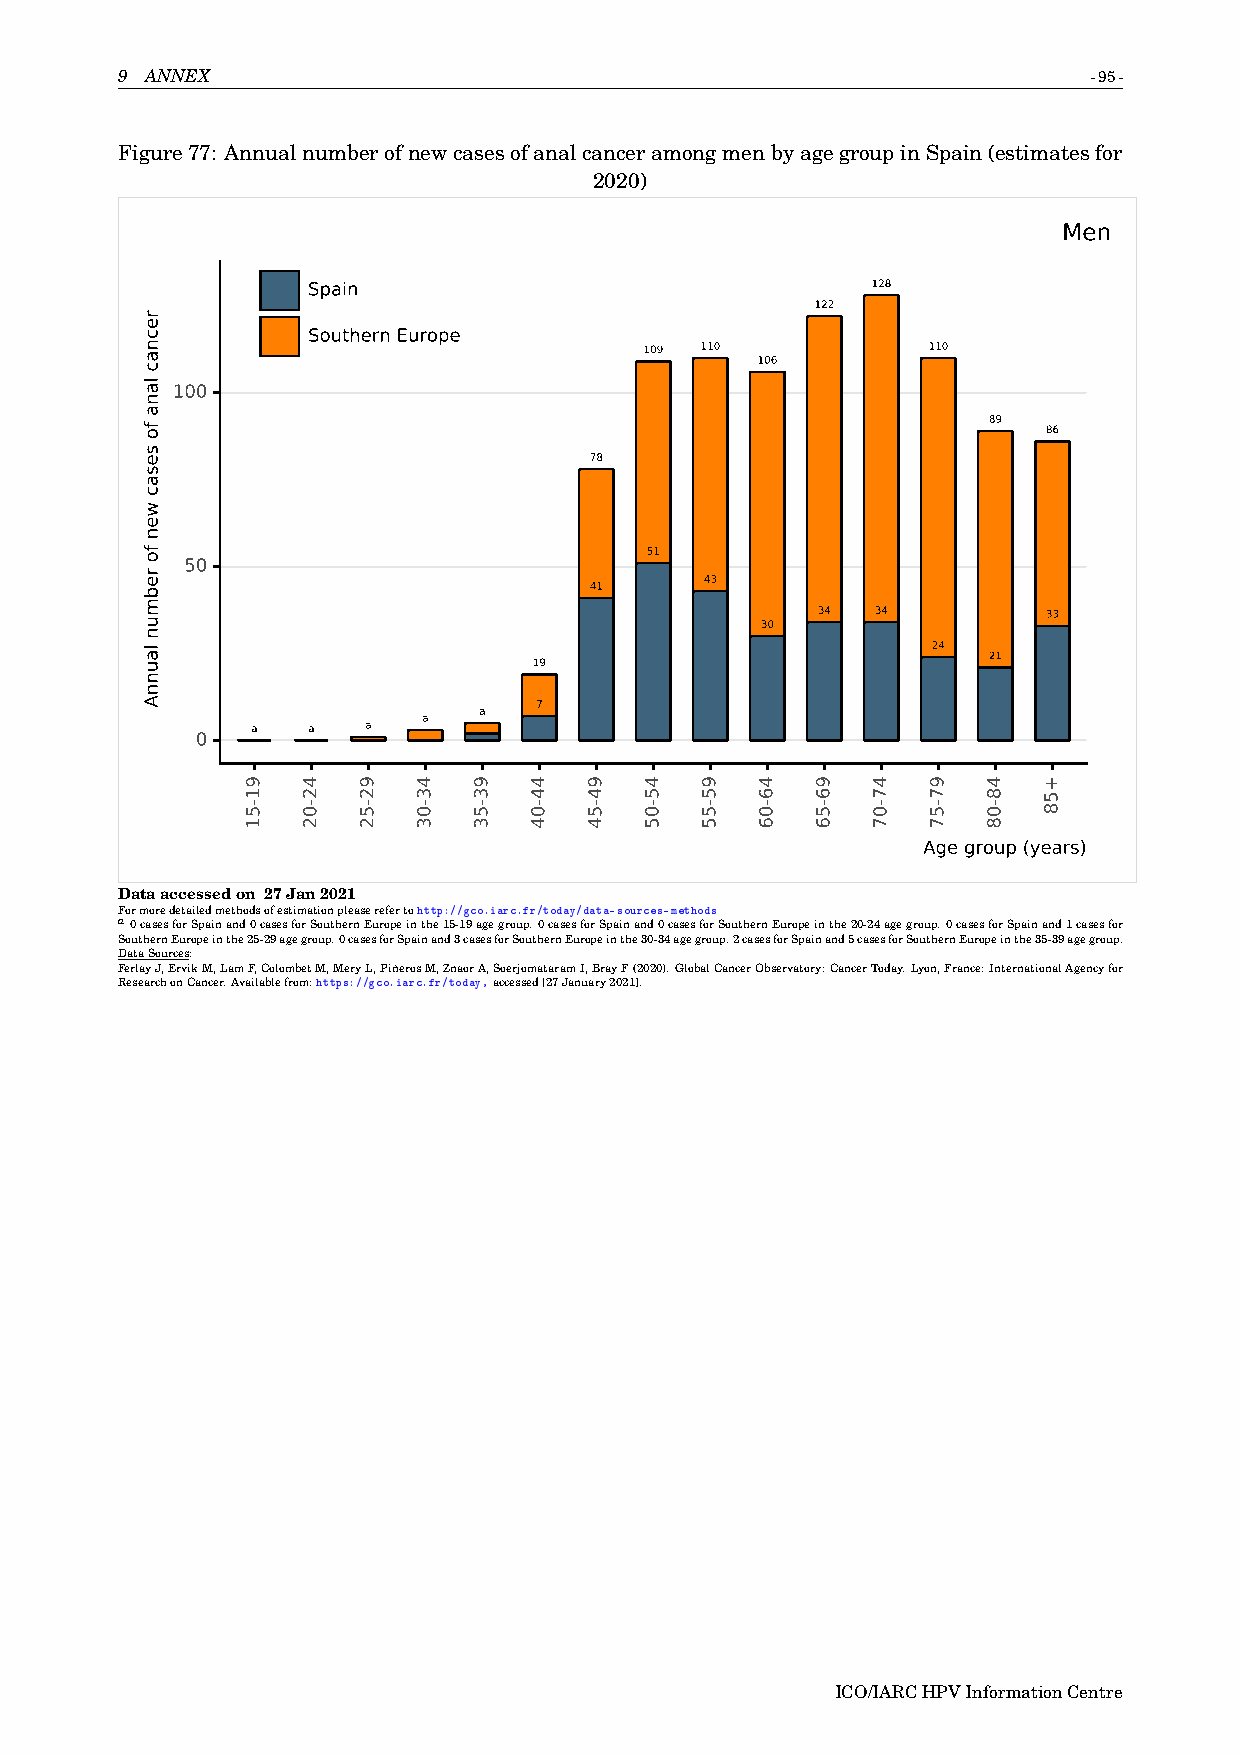
9 ANNEX                                                         -95-
 Figure77: AnnualnumberofnewcasesofanalcanceramongmenbyagegroupinSpain(estimatesfor
 2020)
 Men
 Spain                                 128
 122
 Southern Europe
 109 110           110
 106
 100
 89  86
 78
 51
 50
 43
 41
 34  34         33
 30
 24
 21
 19
 7
 a
 a
 a  a   a
 0
 Age group (years)
 Dataaccessedon 27Jan2021
 Formoredetailedmethodsofestimationpleaserefertohttp://gco.iarc.fr/today/data-sources-methods
 a0casesforSpainand0casesforSouthernEuropeinthe15-19agegroup.0casesforSpainand0casesforSouthernEuropeinthe20-24agegroup.0casesforSpainand1casesfor
 SouthernEuropeinthe25-29agegroup.0casesforSpainand3casesforSouthernEuropeinthe30-34agegroup.2casesforSpainand5casesforSouthernEuropeinthe35-39agegroup.
 DataSources:
 FerlayJ,ErvikM,LamF,ColombetM,MeryL,PiñerosM,ZnaorA,SoerjomataramI,BrayF(2020).GlobalCancerObservatory:CancerToday.Lyon,France:InternationalAgencyfor
 ResearchonCancer.Availablefrom:https://gco.iarc.fr/today,accessed[27January2021].
 ICO/IARCHPVInformationCentre
 recnac
 lana
 fo
 sesac
 wen
 fo
 rebmun
 launnA
 91-51 42-02 92-52 43-03 93-53 44-04 94-54 45-05 95-55 46-06 96-56 47-07 97-57 48-08 +58